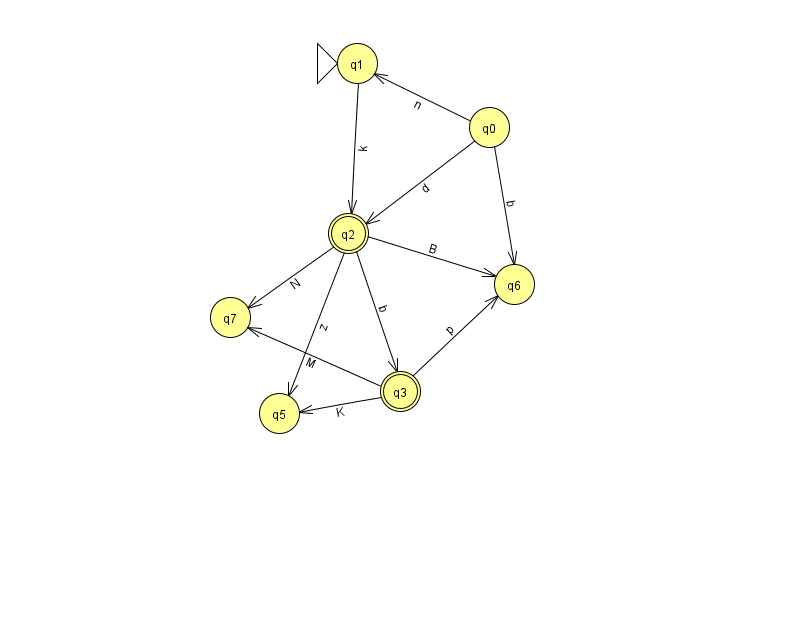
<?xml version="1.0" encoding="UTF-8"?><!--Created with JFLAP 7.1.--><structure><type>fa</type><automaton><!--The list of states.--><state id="0" name="q0"><x>489.0</x><y>114.0</y></state><state id="1" name="q1"><x>357.0</x><y>50.0</y><initial/></state><state id="2" name="q2"><x>348.0</x><y>220.0</y><final/></state><state id="3" name="q3"><x>400.0</x><y>378.0</y><final/></state><state id="5" name="q5"><x>279.0</x><y>400.0</y></state><state id="6" name="q6"><x>514.0</x><y>271.0</y></state><state id="7" name="q7"><x>230.0</x><y>304.0</y></state><!--The list of transitions.--><transition><from>2</from><to>3</to><read>b</read></transition><transition><from>2</from><to>6</to><read>B</read></transition><transition><from>3</from><to>6</to><read>p</read></transition><transition><from>0</from><to>2</to><read>d</read></transition><transition><from>0</from><to>6</to><read>b</read></transition><transition><from>1</from><to>2</to><read>k</read></transition><transition><from>2</from><to>5</to><read>z</read></transition><transition><from>0</from><to>1</to><read>n</read></transition><transition><from>3</from><to>5</to><read>K</read></transition><transition><from>2</from><to>7</to><read>N</read></transition><transition><from>3</from><to>7</to><read>M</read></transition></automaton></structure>